Annual report on the Civil Veterinary Department, Burma (including the Insein Veterinary School) - 1910-1922
Year: 1910
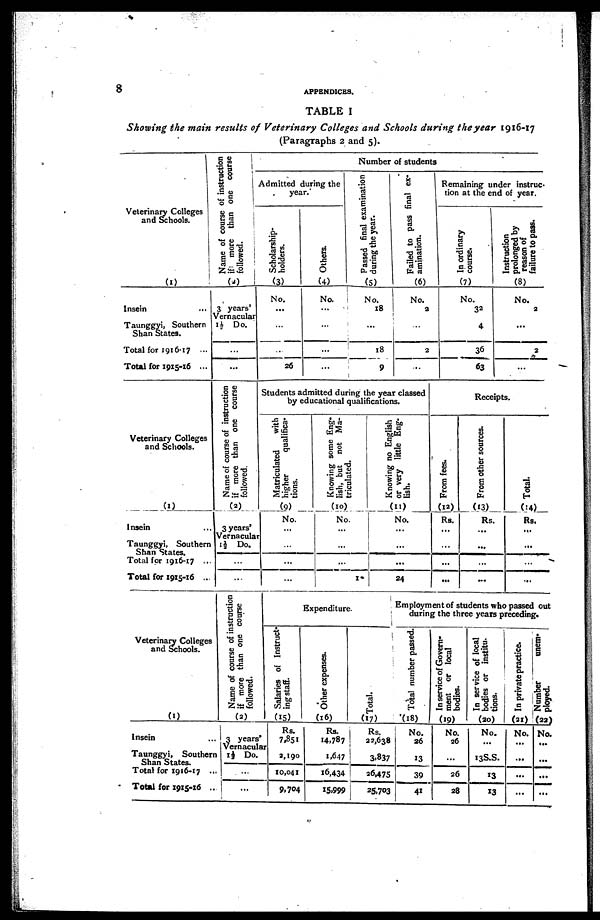
8
APPENDICES.
TABLE I
Showing the main results of Veterinary Colleges and Schools during the year 1916-17
(Paragraphs 2 and 5).
Veterinary Colleges
and Schools.
(1)
Insein ...
Taunggyi, Southern
Shan States.
Total for 1916-17 ...
Total for 1915-16 ...
Name of coarse of instruction
if more than one course
followed.
(2)
3 years'
Vernacular
1½ Do.
...
...
Number of students
Admitted during the
year.
Scholarship-
holders.
(3)
No.
...
...
...
26
Others.
(4)
No.
...
...
...
...
Passed final examination
during the year.
(5)
No.
18
...
18
9
Failed to pass final ex-
amination.
(6)
No.
2
...
2
...
Remaining under instruc-
tion at the end of year.
In ordinary
course.
(7)
No.
32
4
36
63
Instruction
prolonged by
reason of
failure to pass.
(8)
No.
2
...
2
...
Veterinary Colleges
and Schools.
(1)
Insein ...
Taunggyi, Southern
Shan States.
Total for 1916-17 ...
Total for 1915-16 ...
Name of course of instruction
if more than one course
followed.
(2)
3 years'
Vernacular
1½ Do.
...
...
Students admitted during the year classed
by educational qualifications.
Matriculated
with
higher
qualifica-
tions.
(9)
No.
...
...
...
...
Knowing some Eng-
lish, but not Ma-
triculated.
(10)
No.
...
...
...
...
Knowing no English
or very little Eng-
lish.
(11)
No.
...
...
... ...
24
Receipts.
From fees.
(12)
Rs.
...
...
...
...
From other sources.
(13)
Rs.
...
...
...
...
Total.
(14)
Rs.
...
...
...
...
Veterinary Colleges
and Schools.
(1)
Insein ...
Taunggyi, Southern
Shan States.
Total for 1916-17 ...
Total for 191-16 ...
Name of course of instruction
if more than one course
followed.
(2)
3 years'
Vernacular
1½ Do.
...
...
Expenditure.
Salaries of Instruct-
ing staff.
(15)
Rs.
7,851
2,190
10,041
9,704
Other expenses.
(16)
Rs.
14,787
1,647
16,434
15,999
Total.
(17)
Rs.
22,638
3.837
26,475
25,703
Employment of students who passed out
during the three years preceding.
Total number passed.
(18)
No.
36
13
39
41
In service of Govern-
ment or local
bodies.
(19)
No.
26
...
26
28
In service of local
bodies or institu-
tions.
(20)
No.
...
13S.S.
13
13
In private practice.
(21)
No.
...
...
...
Number
unem-
ployed.
(22)
No.
...
...
...
...